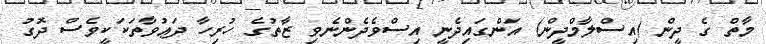
މާތް ގެ ދީން (އިސްލާމްދީން) އަންގައިދެނީ އިސްވެދެންނެވި ޒާތުގެ ހުރިހާ ދަޢުވާތަކަކީވެސް ދޮގު